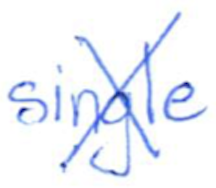
Text: single
Cross-out: cross
Writing tool: ballpoint